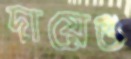
দায়েগু